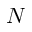
N